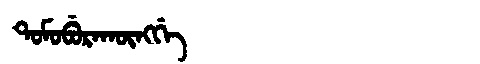
Manchu: ᡨᠣᠮᠣᠪᡠᡵᠠᡴᡡᠩᡤᡝ
Romanization: TOMOBURAKŪNGGE